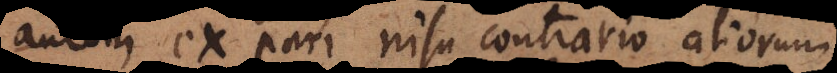
autem ex pari nisu contrario aliorum